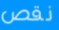
نقص